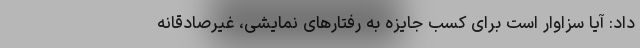
داد: آیا سزاوار است برای کسب جایزه به رفتارهای نمایشی، غیرصادقانه